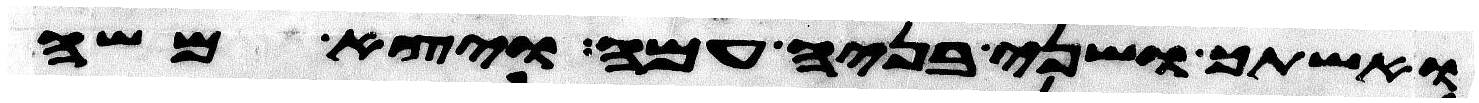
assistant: ואשתך ושני בניה עמה ויצא משה